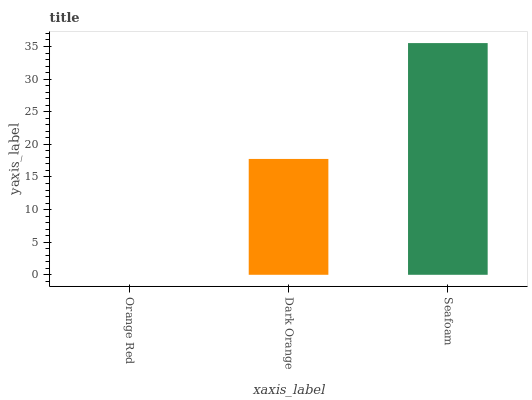
| xaxis_label | bars |
 | --- | --- |
 | Orange Red | 0 |
 | Dark Orange | 17.8 |
 | Seafoam | 35.5 |